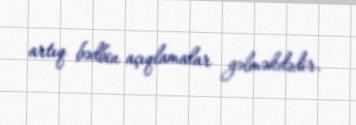
artıq bədbin açıqlamalar gəlməkdədir.